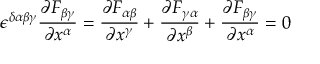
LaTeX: \epsilon ^ { \delta \alpha \beta \gamma } { \frac { \partial F _ { \beta \gamma } } { \partial x ^ { \alpha } } } = { \frac { \partial F _ { \alpha \beta } } { \partial x ^ { \gamma } } } + { \frac { \partial F _ { \gamma \alpha } } { \partial x ^ { \beta } } } + { \frac { \partial F _ { \beta \gamma } } { \partial x ^ { \alpha } } } = 0